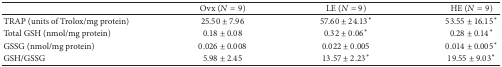
<table><thead><tr><td><b> </b></td><td><b>Ovx (<i>N</i> = 9)</b></td><td><b>LE (<i>N</i> = 9)</b></td><td><b>HE (<i>N</i> = 9)</b></td></tr></thead><tbody><tr><td>TRAP (units of Trolox/mg protein)</td><td>25.50 ± 7.96</td><td>57.60 ± 24.13*</td><td>53.55 ± 16.15*</td></tr><tr><td>Total GSH (nmol/mg protein)</td><td>0.18 ± 0.08</td><td>0.32 ± 0.06*</td><td>0.28 ± 0.14*</td></tr><tr><td>GSSG (nmol/mg protein)</td><td>0.026 ± 0.008</td><td>0.022 ± 0.005</td><td>0.014 ± 0.005*</td></tr><tr><td>GSH/GSSG </td><td>5.98 ± 2.45</td><td>13.57 ± 2.23*</td><td>19.55 ± 9.03*</td></tr></tbody></table>